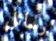
رسائل